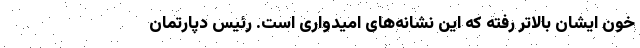
خون ایشان بالاتر رفته که این نشانه‌های امیدواری است. رئیس دپارتمان